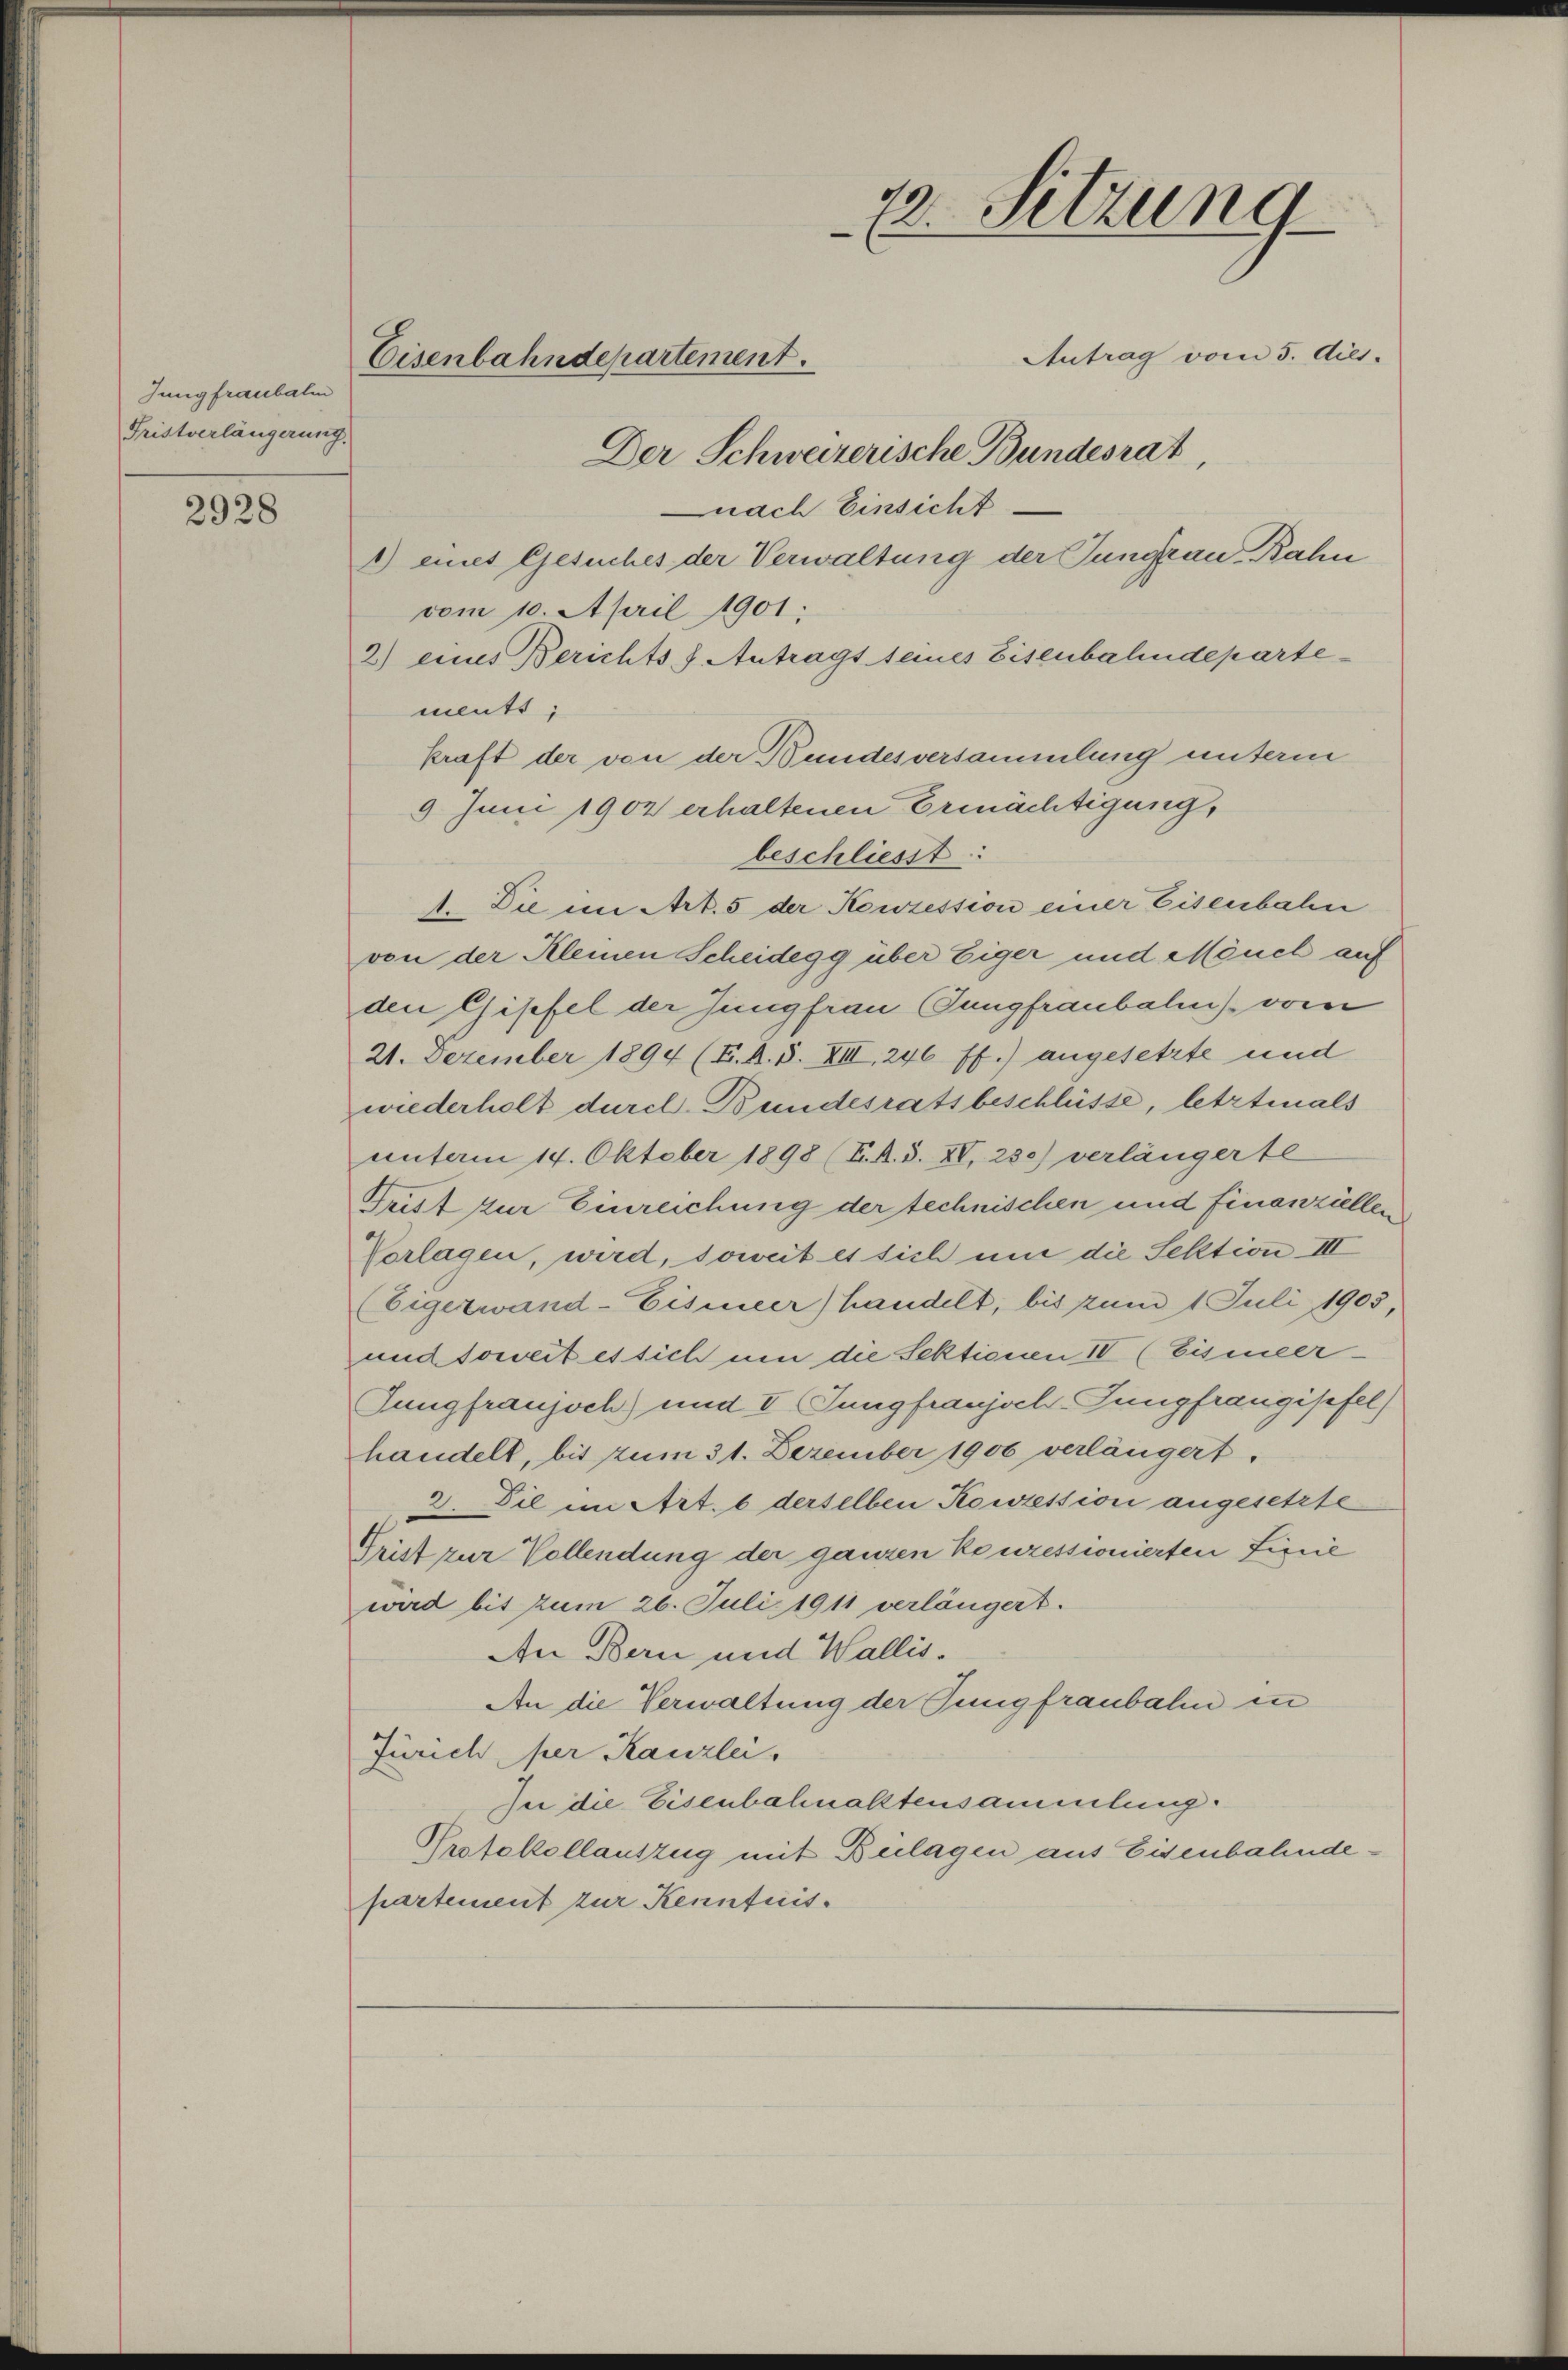
Jungfraubali
Fristverlängerung.

2928

73. Sitzung
Antrag vom 5. ds.
Eisenbahndepartement.
Der Schweizerische Bundesrat,

nach Einsicht.
1) eines Gesuches der Verwaltung der Jungrau Bahn
vom 10. April 1901;
2) eines Berichts- & Antragt seines Eisenbahndepartements;
kraft der von der Bundesversammlung unterm
9 Juni 1902 erhaltenen Ermächtigung,
beschliesst:
1. Die im Art. 5 der Konzession einer Eisenbahn
von der Kleinen Scheidegg über Eiger und Mönch auf
den Gipfel der Jungfrau Jungfraubale) vom
21. Dezember 1894 (E. A. S. XIII, 246 ff.) angesetzte und
wiederholt durch Bundesratsbeschlüsse, letztmals
unterm 14. Oktober 1898 (E. A. S. XV, 250) verlängerte
Trist zur Einreichung der technischen und finanziellen
Vorlagen, wird, soweit es sich und die Sektion III
(Eigerwand-Eismeer) handelt, bis zum 1 Juli 1905,
und soweit es sich um die Sektionen IV (Eismeer¬
Jungfraujoch) und V. Jungfraujoch-Jungfraugisfel)
handelt, bis zum 31. Dezember 1906 verlängert.
2. Die im Art. 6 derselben Konzession angesetzte
Grist zur Vollendung der ganzen konzessionierten Linie
wird bis zum 26. Juli 1911 verlängert.
An Bern und Wallis.
An die Verwaltung der Jungfraubahn in
Zürich per Kanzlei,
In die Eisenbahnaktensammlung.
Protokollauszug mit Bülagen aus Eisenbahndepartement zur Kenntnis.